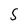
Character: S